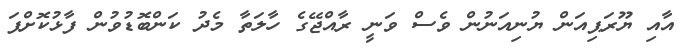
އާއި ޔޫރަޕިއަން ޔުނިއަނުން ވެސް ވަނީ ރާއްޖޭގެ ހާލަތާ މެދު ކަންބޮޑުވުން ފާޅުކޮށްފަ